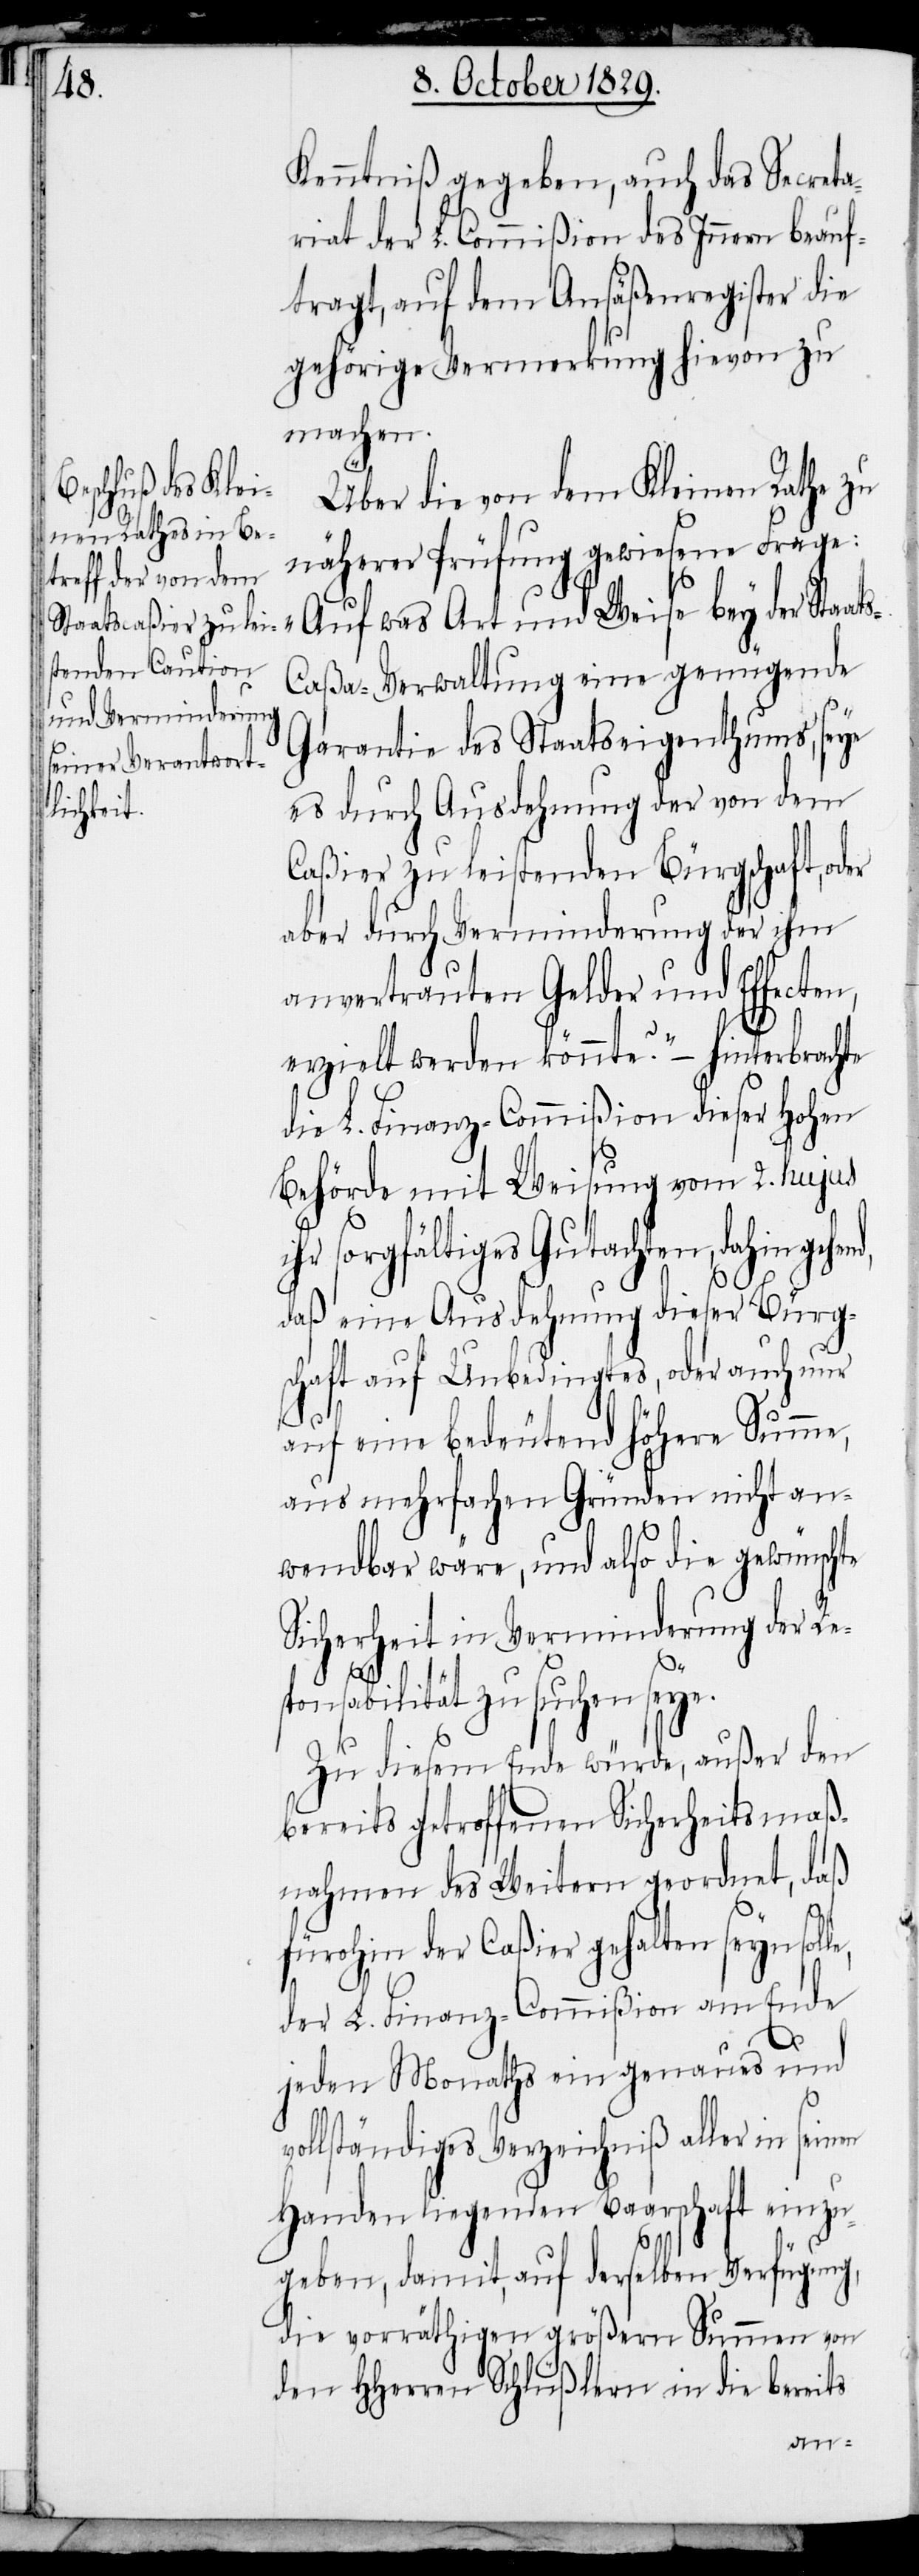
Kenntniß gegeben, auch das Secreta¬
riat der L. Commißion des Innern beauf¬
tragt, auf dem Ansäßenregister die
gehörige Vermerkung hievon zu
machen.
Über die von dem Kleinen Rathe zu
näherer Prüfung gewiesene Frage:
aßa-Verwaltung eine genügende
Garantie des Staatseigenthums, seye
es durch Ausdehnung der von dem
Caßier zu leistenden Bürgschaft, oder
aber durch Verminderung der ihm
anvertrauten Gelder und Effecten,
erzielt werden könnte?“ – hinterbrachte
die L. Finanz-Commißion dieser Hohen
Behörde mit Weisung vom 2. hujus
sorgfältiges Gutachten, dahin
daß eine Ausdehnung dieser Bürg¬
schaft auf Unbedingtes, oder auch nur
le,
auf eine bedeutend höhere Summe,
aus mehrfachen Gründen nicht an¬
wendbar wäre, und also die gewünschte
Sicherheit in Verminderung der Res¬
ponsabilität zu suchen seye.
Zu diesem Ende würde, außer den
bereits getroffenen Sicherheitsmaß¬
nahmen des Weitern geordnet, daß
fürohin der Caßier gehalten seyn sol¬
der L. Finanz-Commißion am Ende
jeden Monaths ein genaues und
vollständiges Verzeichniß aller in seinen
Handen liegenden Baarschaft einzu¬
geben, damit, auf derselben Verfügung,
die vorräthigen größern Summen von
den HHerren Schlüßlern in die bereits